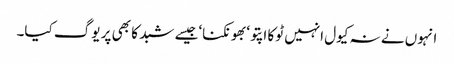
انہوں نے نہ کیول انہیں ٹوکا اپتو‘بھونکنا‘جیسے شبد کا بھی پر یوگ کیا۔